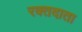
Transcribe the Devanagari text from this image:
रक्‍तदाता